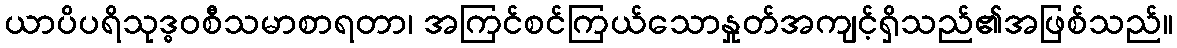
ယာပိပရိသုဒ္ဓဝစီသမာစာရတာ၊ အကြင်စင်ကြယ်သောနှုတ်အကျင့်ရှိသည်၏အဖြစ်သည်။